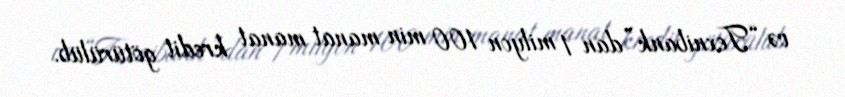
və “Texnibank”dan 1 milyon 100 min manat manat kredit götürülüb.